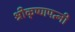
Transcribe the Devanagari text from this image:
श्रीकृष्णपत्नी